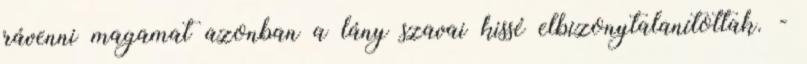
rávenni magamat azonban a lány szavai kissé elbizonytalanítottak. -